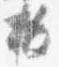
抜